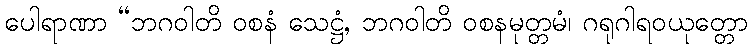
ပေါရာဏာ “ဘဂဝါတိ ဝစနံ သေဋ္ဌံ, ဘဂဝါတိ ဝစနမုတ္တမံ၊ ဂရုဂါရဝယုတ္တော